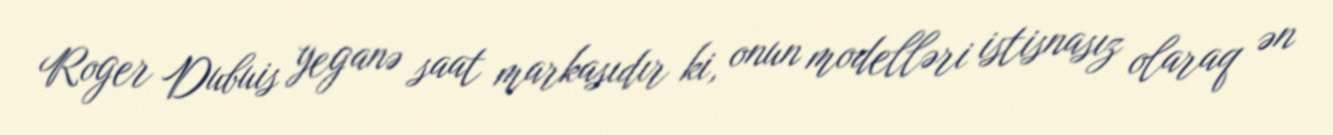
Roger Dubuis yeganə saat markasıdır ki, onun modelləri istisnasız olaraq ən